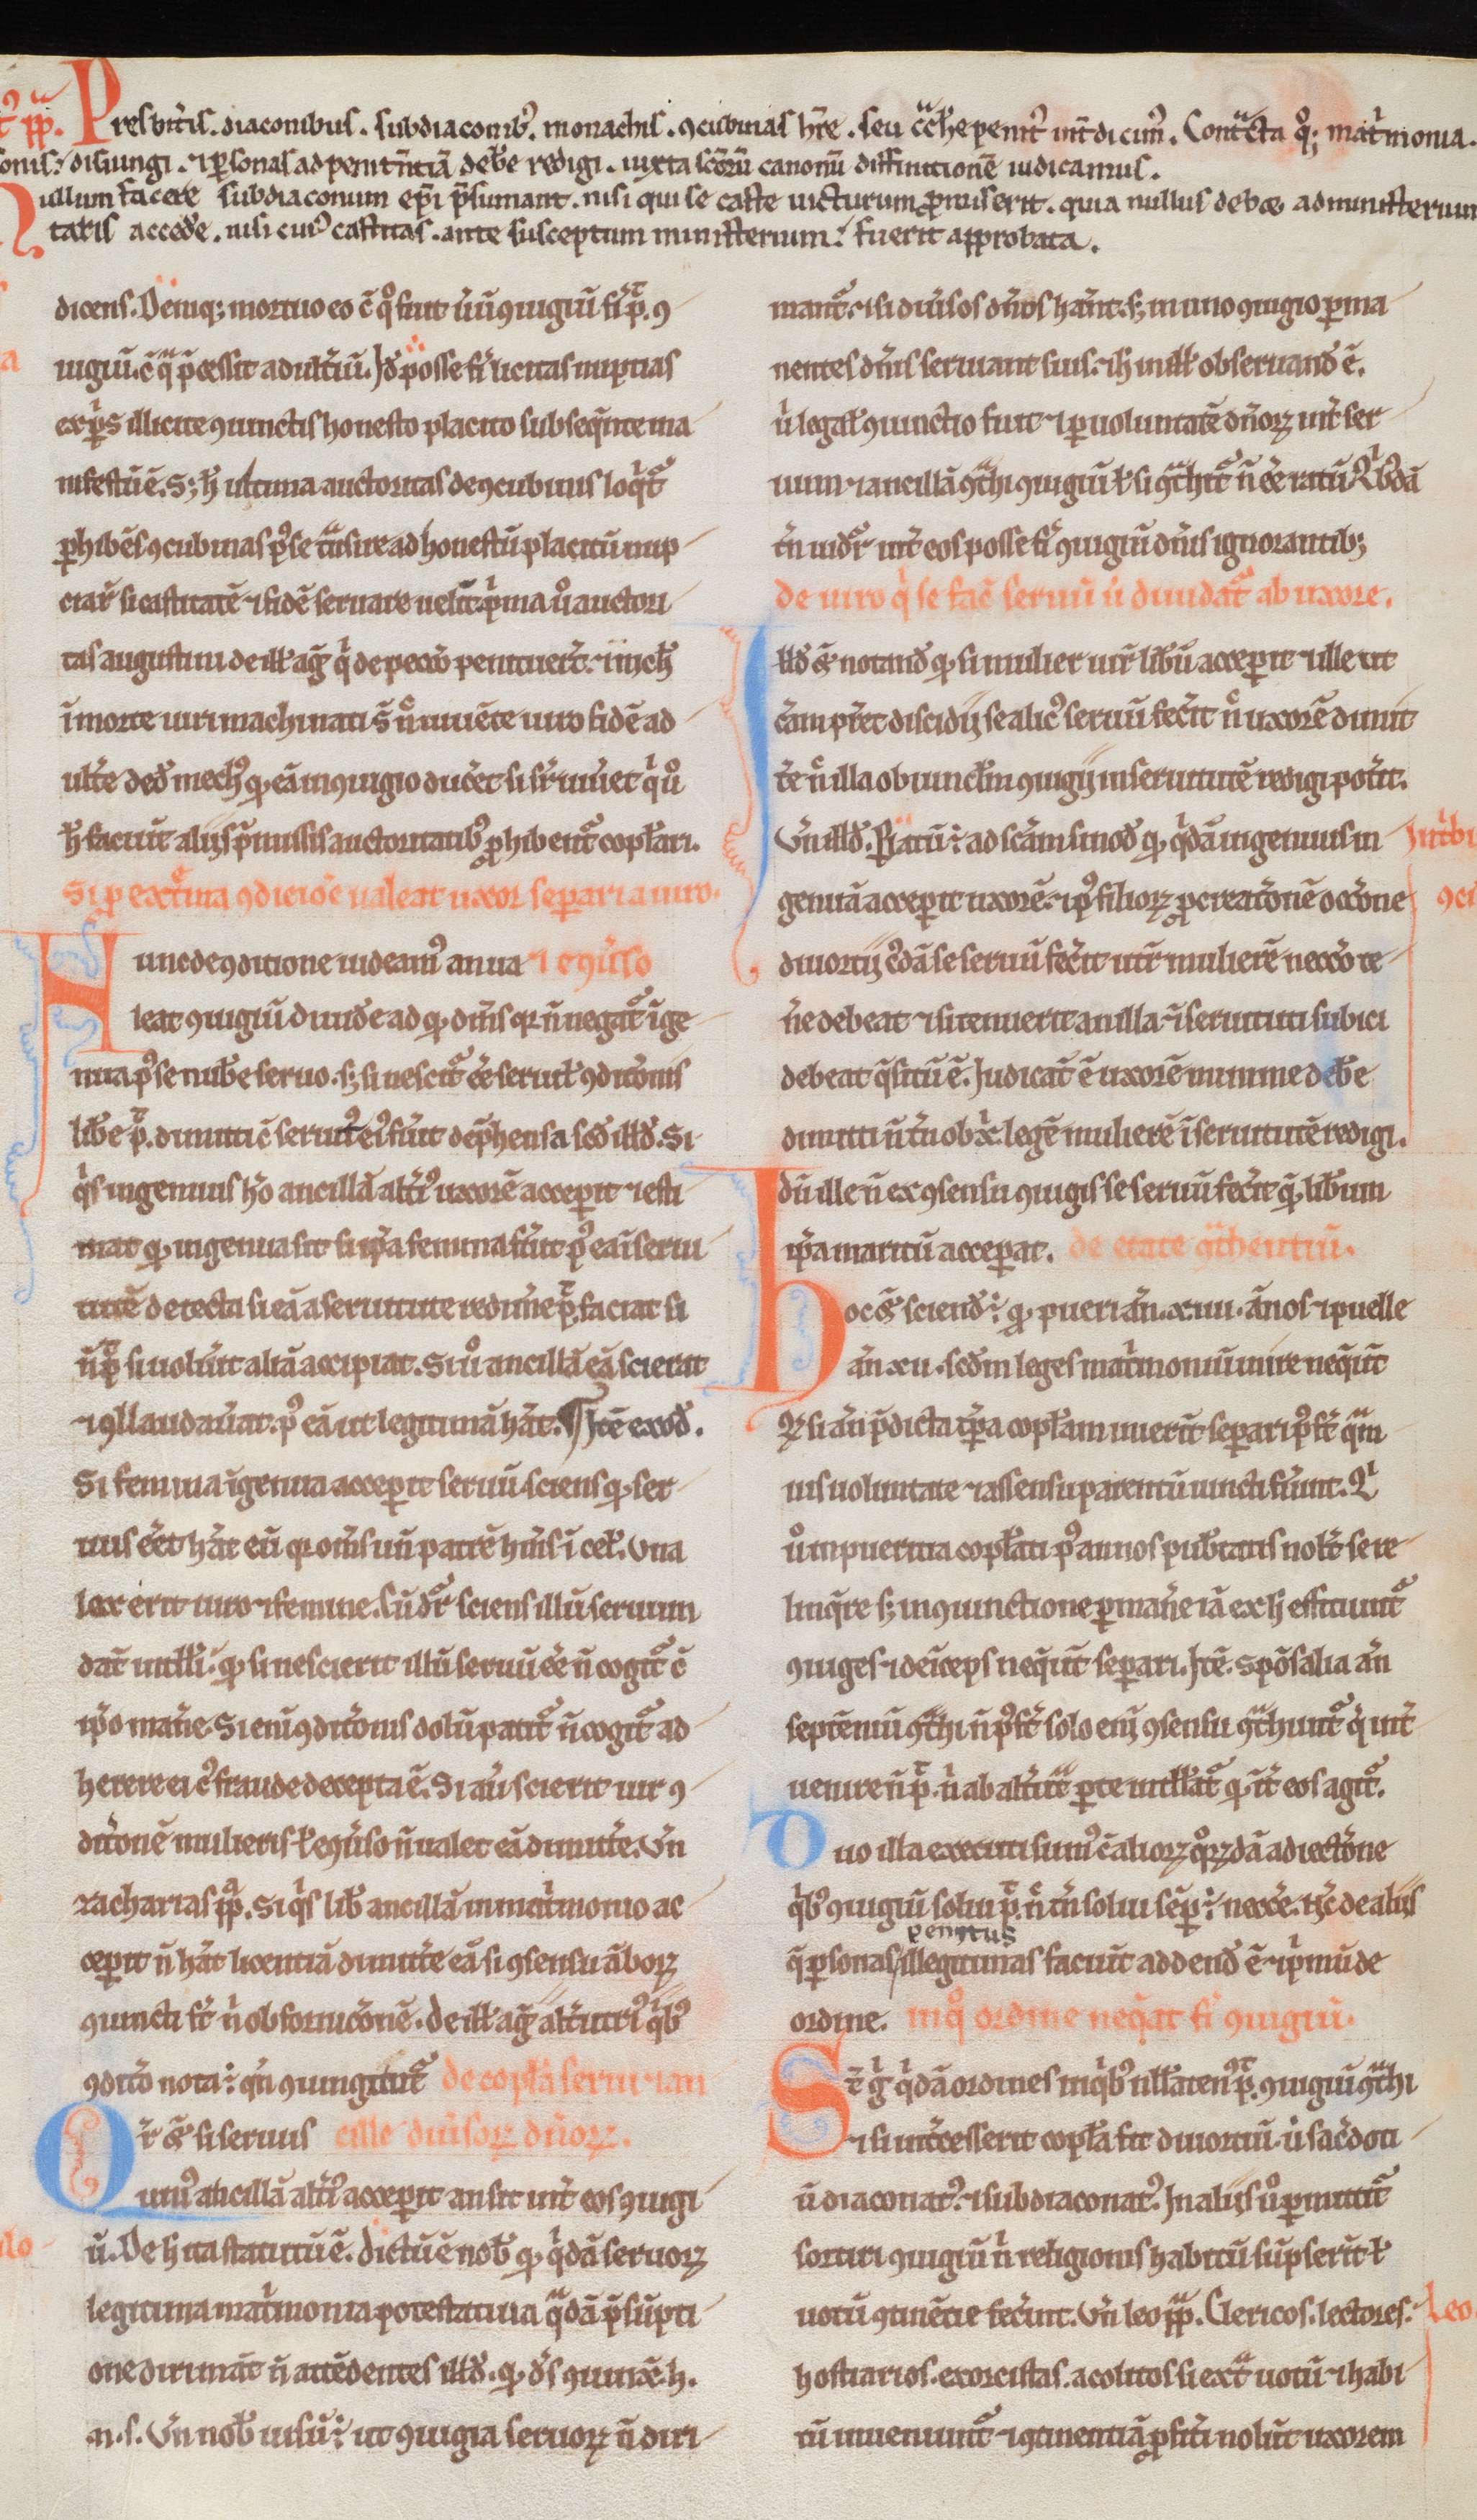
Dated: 1180–1190